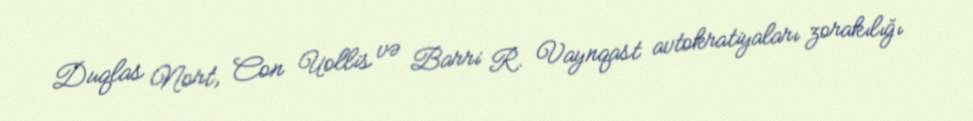
Duqlas Nort, Con Uollis və Barri R. Vaynqast avtokratiyaları zorakılığı